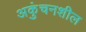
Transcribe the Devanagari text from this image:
अकुंचनशील